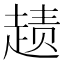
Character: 𲃏